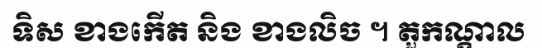
ទិស ខាងកើត និង ខាងលិច ។ តួកណ្តាល